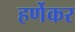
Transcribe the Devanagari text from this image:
हर्णेकर